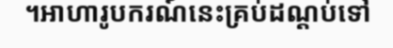
។អាហារូបករណ៍នេះគ្រប់ដណ្តប់ទៅ